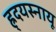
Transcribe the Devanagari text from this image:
ह्र्दयस्नायू